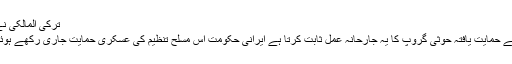
ترکی المالکی نے کہاکہ
”ایران کے حمایت یافتہ حوثی گروپ کا یہ جارحانہ عمل ثابت کرتا ہے ایرانی حکومت اس مسلح تنظیم کی عسکری حمایت جاری رکھے ہوئے ہے“۔